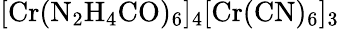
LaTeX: \mathrm{[Cr(N_{2}H_{4}CO)_{6}]_{4}[Cr(CN)_{6}]_{3}}